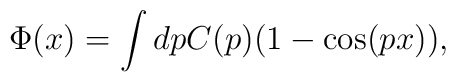
\Phi (x)=\int dpC(p)(1-\cos(px)),